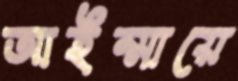
আইম্মায়ে